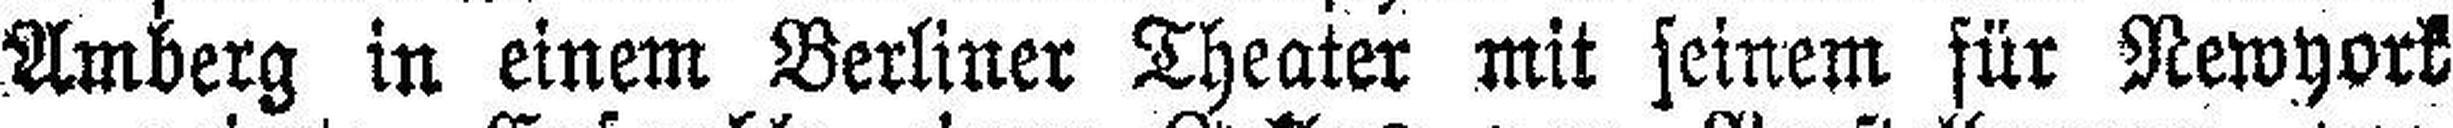
Amberg in einem Berliner Theater mit seinem für Newyork